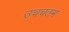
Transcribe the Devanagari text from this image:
उचचतम